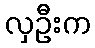
လှဦးက